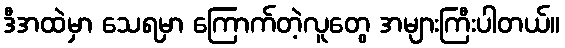
ဒီအထဲမှာ သေရမှာ ကြောက်တဲ့လူတွေ အများကြီးပါတယ်။